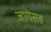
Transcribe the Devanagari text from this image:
जागेसह